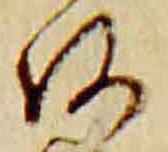
阿